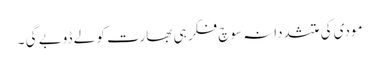
مودی کی متشددانہ سوچ فکر ہی بھارت کو لے ڈوبے گی ۔